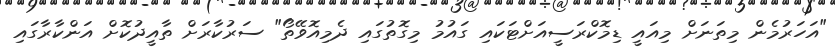
"އަހަރުމެން މިތަނަށް މިއައީ ޑިމޮކްރަސީއަށްޓަކައި ގައުމު މިގޮތުގައި ދެމިއޮވޭތޯ" ސަރުކާރަށް ތާއީދުކޮށް އަންކާރާގައި